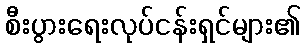
စီးပွားရေးလုပ်ငန်းရှင်များ၏